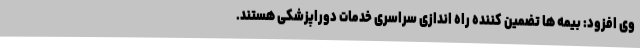
وی افزود: بیمه ها تضمین کننده راه اندازی سراسری خدمات دوراپزشکی هستند.